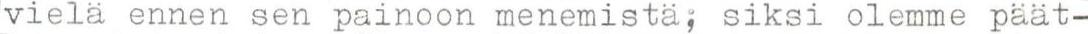
vielä ennen sen painoon menemistä; siksi olemme päät-